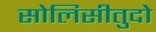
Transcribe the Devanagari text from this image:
सोलिसीतुदो